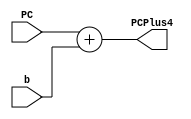
`timescale 1ns / 1ps
//////////////////////////////////////////////////////////////////////////////////
// Company: 
// Engineer: 
// 
// Design Name: 
// Module Name: pcAdder
// Project Name: 
// Target Devices: 
// Tool Versions: 
// Description: 
// 
// Dependencies: 
// 
// Revision:
// Revision 0.01 - File Created
// Additional Comments:
// 
//////////////////////////////////////////////////////////////////////////////////
module pcAdder (
  input wire [31:0] PC,b, output wire [31:0] PCPlus4
);


    assign PCPlus4 = PC + b;
    
endmodule